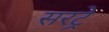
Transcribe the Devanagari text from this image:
सरट्रे